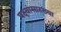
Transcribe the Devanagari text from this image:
पक्ष्यांसारख्या